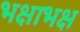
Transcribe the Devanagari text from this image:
भक्षाभक्ष